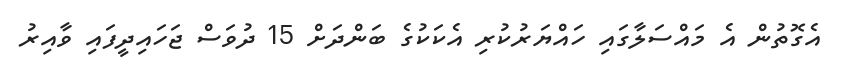
އެގޮތުން އެ މައްސަލާގައި ހައްޔަރުކުރި އެކަކުގެ ބަންދަށް 15 ދުވަސް ޖަހައިދީފައި ވާއިރު